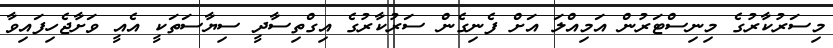
މިސަރުކާރުގެ މިނިސްޓަރުން އަމިއްލަ އަށް ފެނިގެން ސަރުކާރުގެ އިގްތިސާދީ ސިޔާސަތަކީ އެއީ ވަށާޖެހިފައިވާ